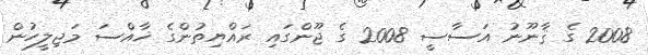
2008 ގެ ޤާނޫނު އަސާސީ 2008 ގެ ޖޫންގައި ރައްޔިތުންގެ ޚާއްސަ މަޖިލީހުން